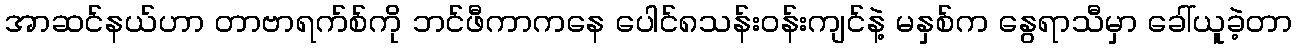
အာဆင်နယ်ဟာ တာဗာရက်စ်ကို ဘင်ဖီကာကနေ ပေါင်၈သန်း၀န်းကျင်နဲ့ မနှစ်က နွေရာသီမှာ ခေါ်ယူခဲ့တာ